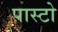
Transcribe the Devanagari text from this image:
पास्टो